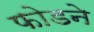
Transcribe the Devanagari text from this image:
फोडने